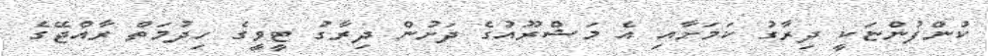
ކުންފުންޏަކީ ދިރާގު ކަމަށާއި އެ މަޝްރޫއުގެ ދަށުން ދިރާގު ޓީވީގެ ހިދުމަތް ރާއްޖޭގެ